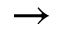
\rightarrow